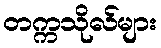
တက္ကသိုလ်များ